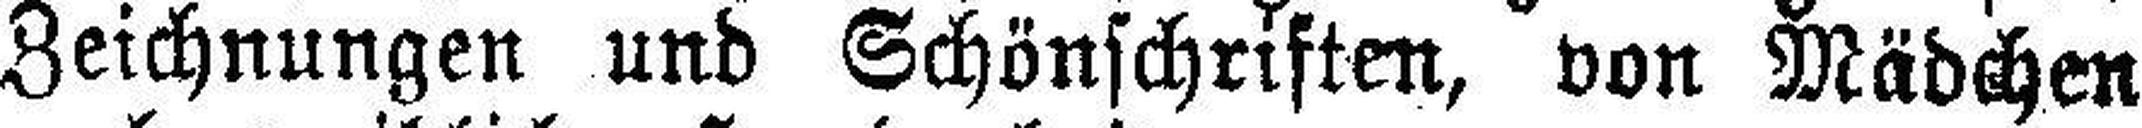
Zeichnungen und Schönschriften, von Mädchen